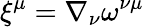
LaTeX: \xi^{\mu}=\nabla_{\nu}\omega^{\nu\mu}